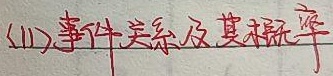
(11). 事件关系及其概率